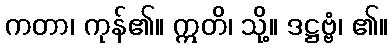
ကတာ၊ ကုန်၏။ ဣတိ၊ သို့။ ဒဋ္ဌဗ္ဗံ၊ ၏။